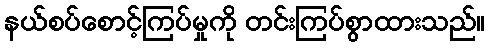
နယ်စပ်စောင့်ကြပ်မှုကို တင်းကြပ်စွာထားသည်။